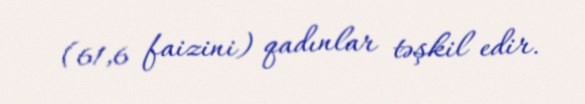
(61,6 faizini) qadınlar təşkil edir.